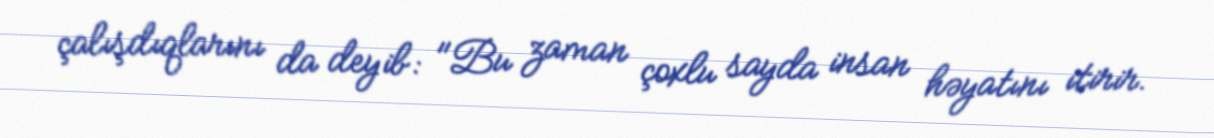
çalışdıqlarını da deyib: "Bu zaman çoxlu sayda insan həyatını itirir.